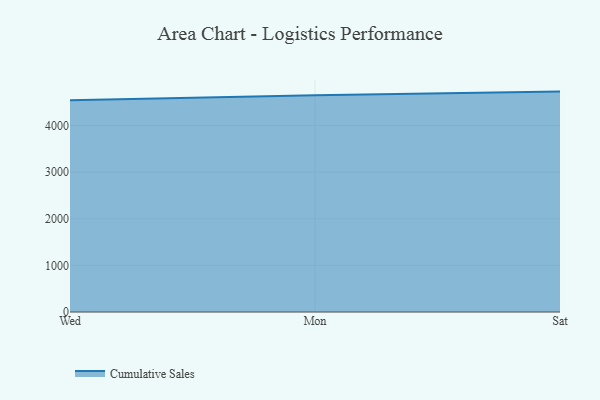
{"axis": {"x": "Day", "y": "Inventory Turnover"}, "legend": ["Cumulative Sales"], "data": [{"x": "Wed", "y": 4544.1, "type": "Cumulative Sales"}, {"x": "Mon", "y": 4649.7, "type": "Cumulative Sales"}, {"x": "Sat", "y": 4728.7, "type": "Cumulative Sales"}]}